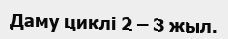
Даму циклі 2 – 3 жыл.